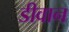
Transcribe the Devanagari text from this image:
डीवान